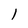
Character: 1